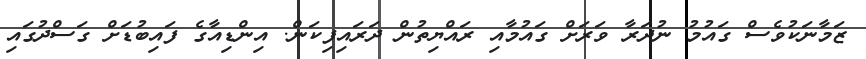
ޒަމާނަކުވެސް ގައުމު ނުދަރާ ވަރަށް ގައުމާއި ރައްޔިތުން ދަރައިފިކަން. އިންޑިއާގެ ފައިބުޑަށް ގަސްދުގައި